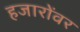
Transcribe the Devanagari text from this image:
हजारोंवर